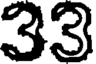
33